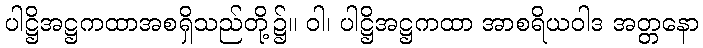
ပါဋ္ဌိအဋ္ဌကထာအစရှိသည်တို့၌။ ဝါ၊ ပါဋ္ဌိအဋ္ဌကထာ အာစရိယဝါဒ အတ္တနော